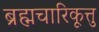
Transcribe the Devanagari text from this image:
ब्रह्मचारिकूत्तु